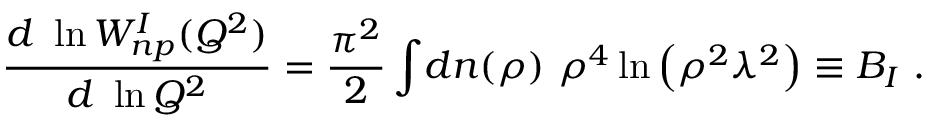
{ \frac { d \ \ln W _ { n p } ^ { I } ( Q ^ { 2 } ) } { d \ \ln Q ^ { 2 } } } = { \frac { \pi ^ { 2 } } { 2 } } \int \! d n ( \rho ) \ \rho ^ { 4 } \ln { \left( \rho ^ { 2 } \lambda ^ { 2 } \right) } \equiv B _ { I } \ .